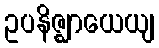
ဥပနိဇ္ဈာယေယျ